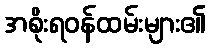
အစိုးရဝန်ထမ်းများ၏